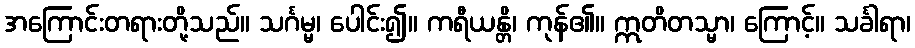
အကြောင်းတရားတို့သည်။ သင်္ဂမ္မ၊ ပေါင်း၍။ ကရီယန္တိ၊ ကုန်၏။ ဣတိတသ္မာ၊ ကြောင့်။ သင်္ခါရာ၊